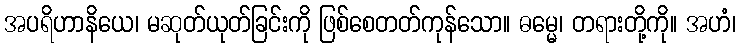
အပရိဟာနိယေ၊ မဆုတ်ယုတ်ခြင်းကို ဖြစ်စေတတ်ကုန်သော။ ဓမ္မေ၊ တရားတို့ကို။ အဟံ၊